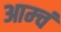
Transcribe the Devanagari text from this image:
आम्चं